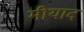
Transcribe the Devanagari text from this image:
मीयाद